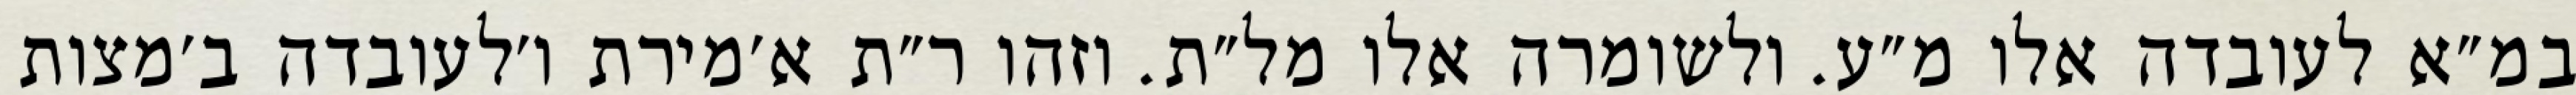
במ״א לעובדה אלו מ״ע. ולשומרה אלו מל״ת. וזהו ר״ת א׳מירת ו׳לעובדה ב׳מצות